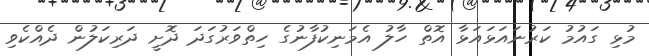
މުޅި ގައުމު ކަރުނައަޅައަޅާ އޮތް ހާލު އެމަނިކުފާނުގެ ހިތްވަރުގަދަ ދޮށީ ދަރިކަލުން ދެއްކެވި